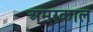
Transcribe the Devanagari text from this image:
अमरकाल